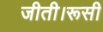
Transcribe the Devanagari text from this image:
जीती।रूसी